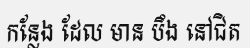
កន្លែង ដែល មាន បឹង នៅជិត